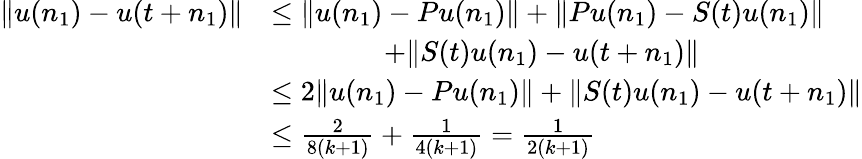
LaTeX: \begin{array}{rl}{\| u(n_{1})-u(t+n_{1})\| }&{\leq\| u(n_{1})-Pu(n_{1})\| +\| Pu(n_{1})-S(t)u(n_{1})\| }\\ &{\qquad\qquad+\| S(t)u(n_{1})-u(t+n_{1})\| }\\ &{\leq 2\| u(n_{1})-Pu(n_{1})\| +\| S(t)u(n_{1})-u(t+n_{1})\| }\\ &{\leq\frac{2}{8(k+1)}+\frac{1}{4(k+1)}=\frac{1}{2(k+1)}}\end{array}